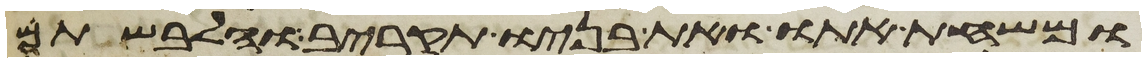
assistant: ומשחת אתו ואת בניו תקריב והלבשתם